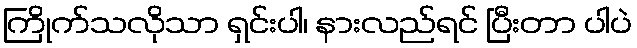
ကြိုက်သလိုသာ ရှင်းပါ၊ နားလည်ရင် ပြီးတာ ပါပဲ